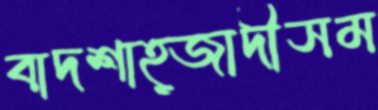
বাদশাহ্‌জাদীসম